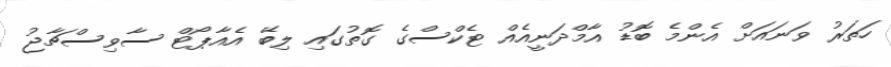
ހަތަރު ވަނައަށް އެންމެ ބޮޑު އާމްދަނީއެއް ޓެކްސްގެ ގޮތުގައި ލިބޭ އެއާޕޯޓް ސާވިސްޗާޖު